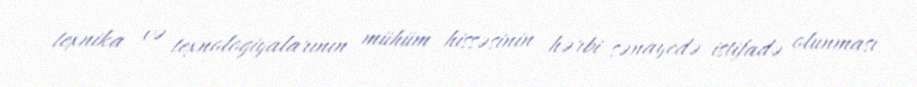
texnika və texnologiyalarının mühüm hissəsinin hərbi sənayedə istifadə olunması